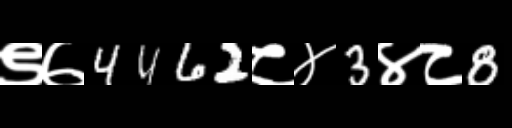
Text: ९७4462८४3४८8